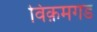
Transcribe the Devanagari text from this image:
विक़मगड